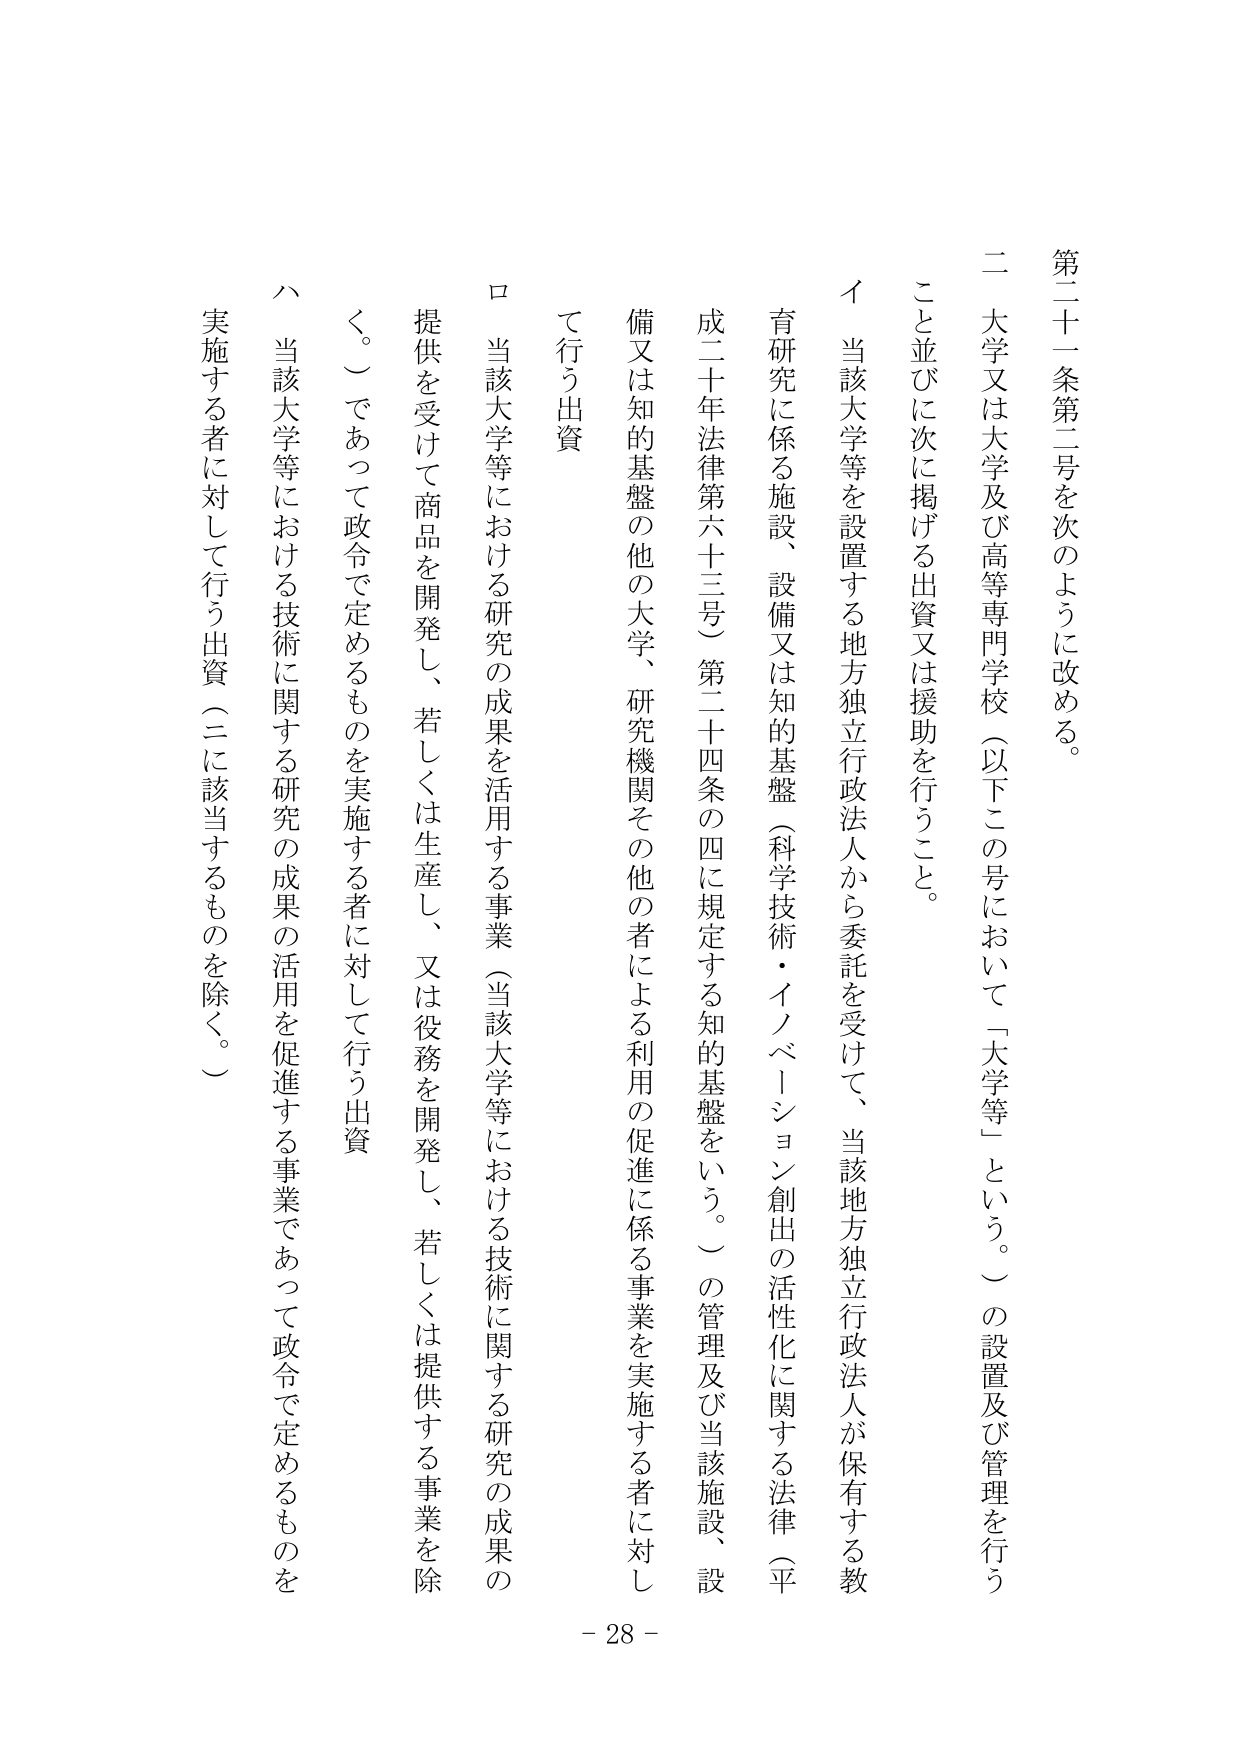
第二十一条第二号を次のように改める。

二 大学又は大学及び高等専門学校（以下この号において「大学等」という。）の設置及び管理を行うこと並びに次に掲げる出資又は援助を行うこと。

イ 当該大学等を設置する地方独立行政法人から委託を受けて、当該地方独立行政法人が保有する教育研究に係る施設、設備又は知的基盤（科学技術・イノベーション創出の活性化に関する法律（平成二十年法律第六十三号）第二十四条の四に規定する知的基盤をいう。）の管理及び当該施設、設備又は知的基盤の他の大学、研究機関その他の者による利用の促進に係る事業を実施する者に対して行う出資

ロ 当該大学等における研究の成果を活用する事業（当該大学等における技術に関する研究の成果の提供を受けて商品を開発し、若しくは生産し、又は役務を開発し、若しくは提供する事業を除く。）であって政令で定めるものを実施する者に対して行う出資

ハ 当該大学等における技術に関する研究の成果の活用を促進する事業であって政令で定めるものを実施する者に対して行う出資（ニに該当するものを除く。）

- 28 -